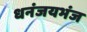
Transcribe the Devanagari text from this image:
धनंजयभंज